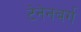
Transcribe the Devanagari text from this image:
टेनेनबर्ग